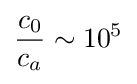
{\frac {c_{0}}{c_{a}}}\sim 10^{5}